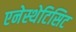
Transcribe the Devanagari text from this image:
एनेस्थेटिसिट